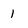
Character: 1